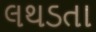
લથડતા